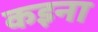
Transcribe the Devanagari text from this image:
कइना